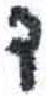
אות: ד